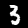
Digit: 3